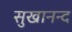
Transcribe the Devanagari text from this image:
सुखानन्द